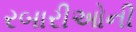
રબારીઓની